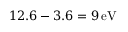
1 2 . 6 - 3 . 6 = 9 \ensuremath { \, \mathrm { e V } }